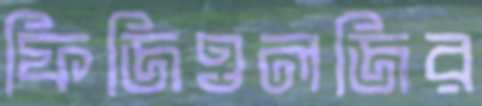
ফিজিওলজির